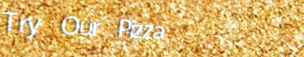
Try Our Pizza